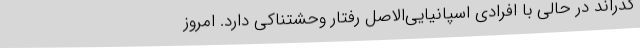
گذراند در حالی با افرادی اسپانیایی‌الاصل رفتار وحشتناکی دارد. امروز